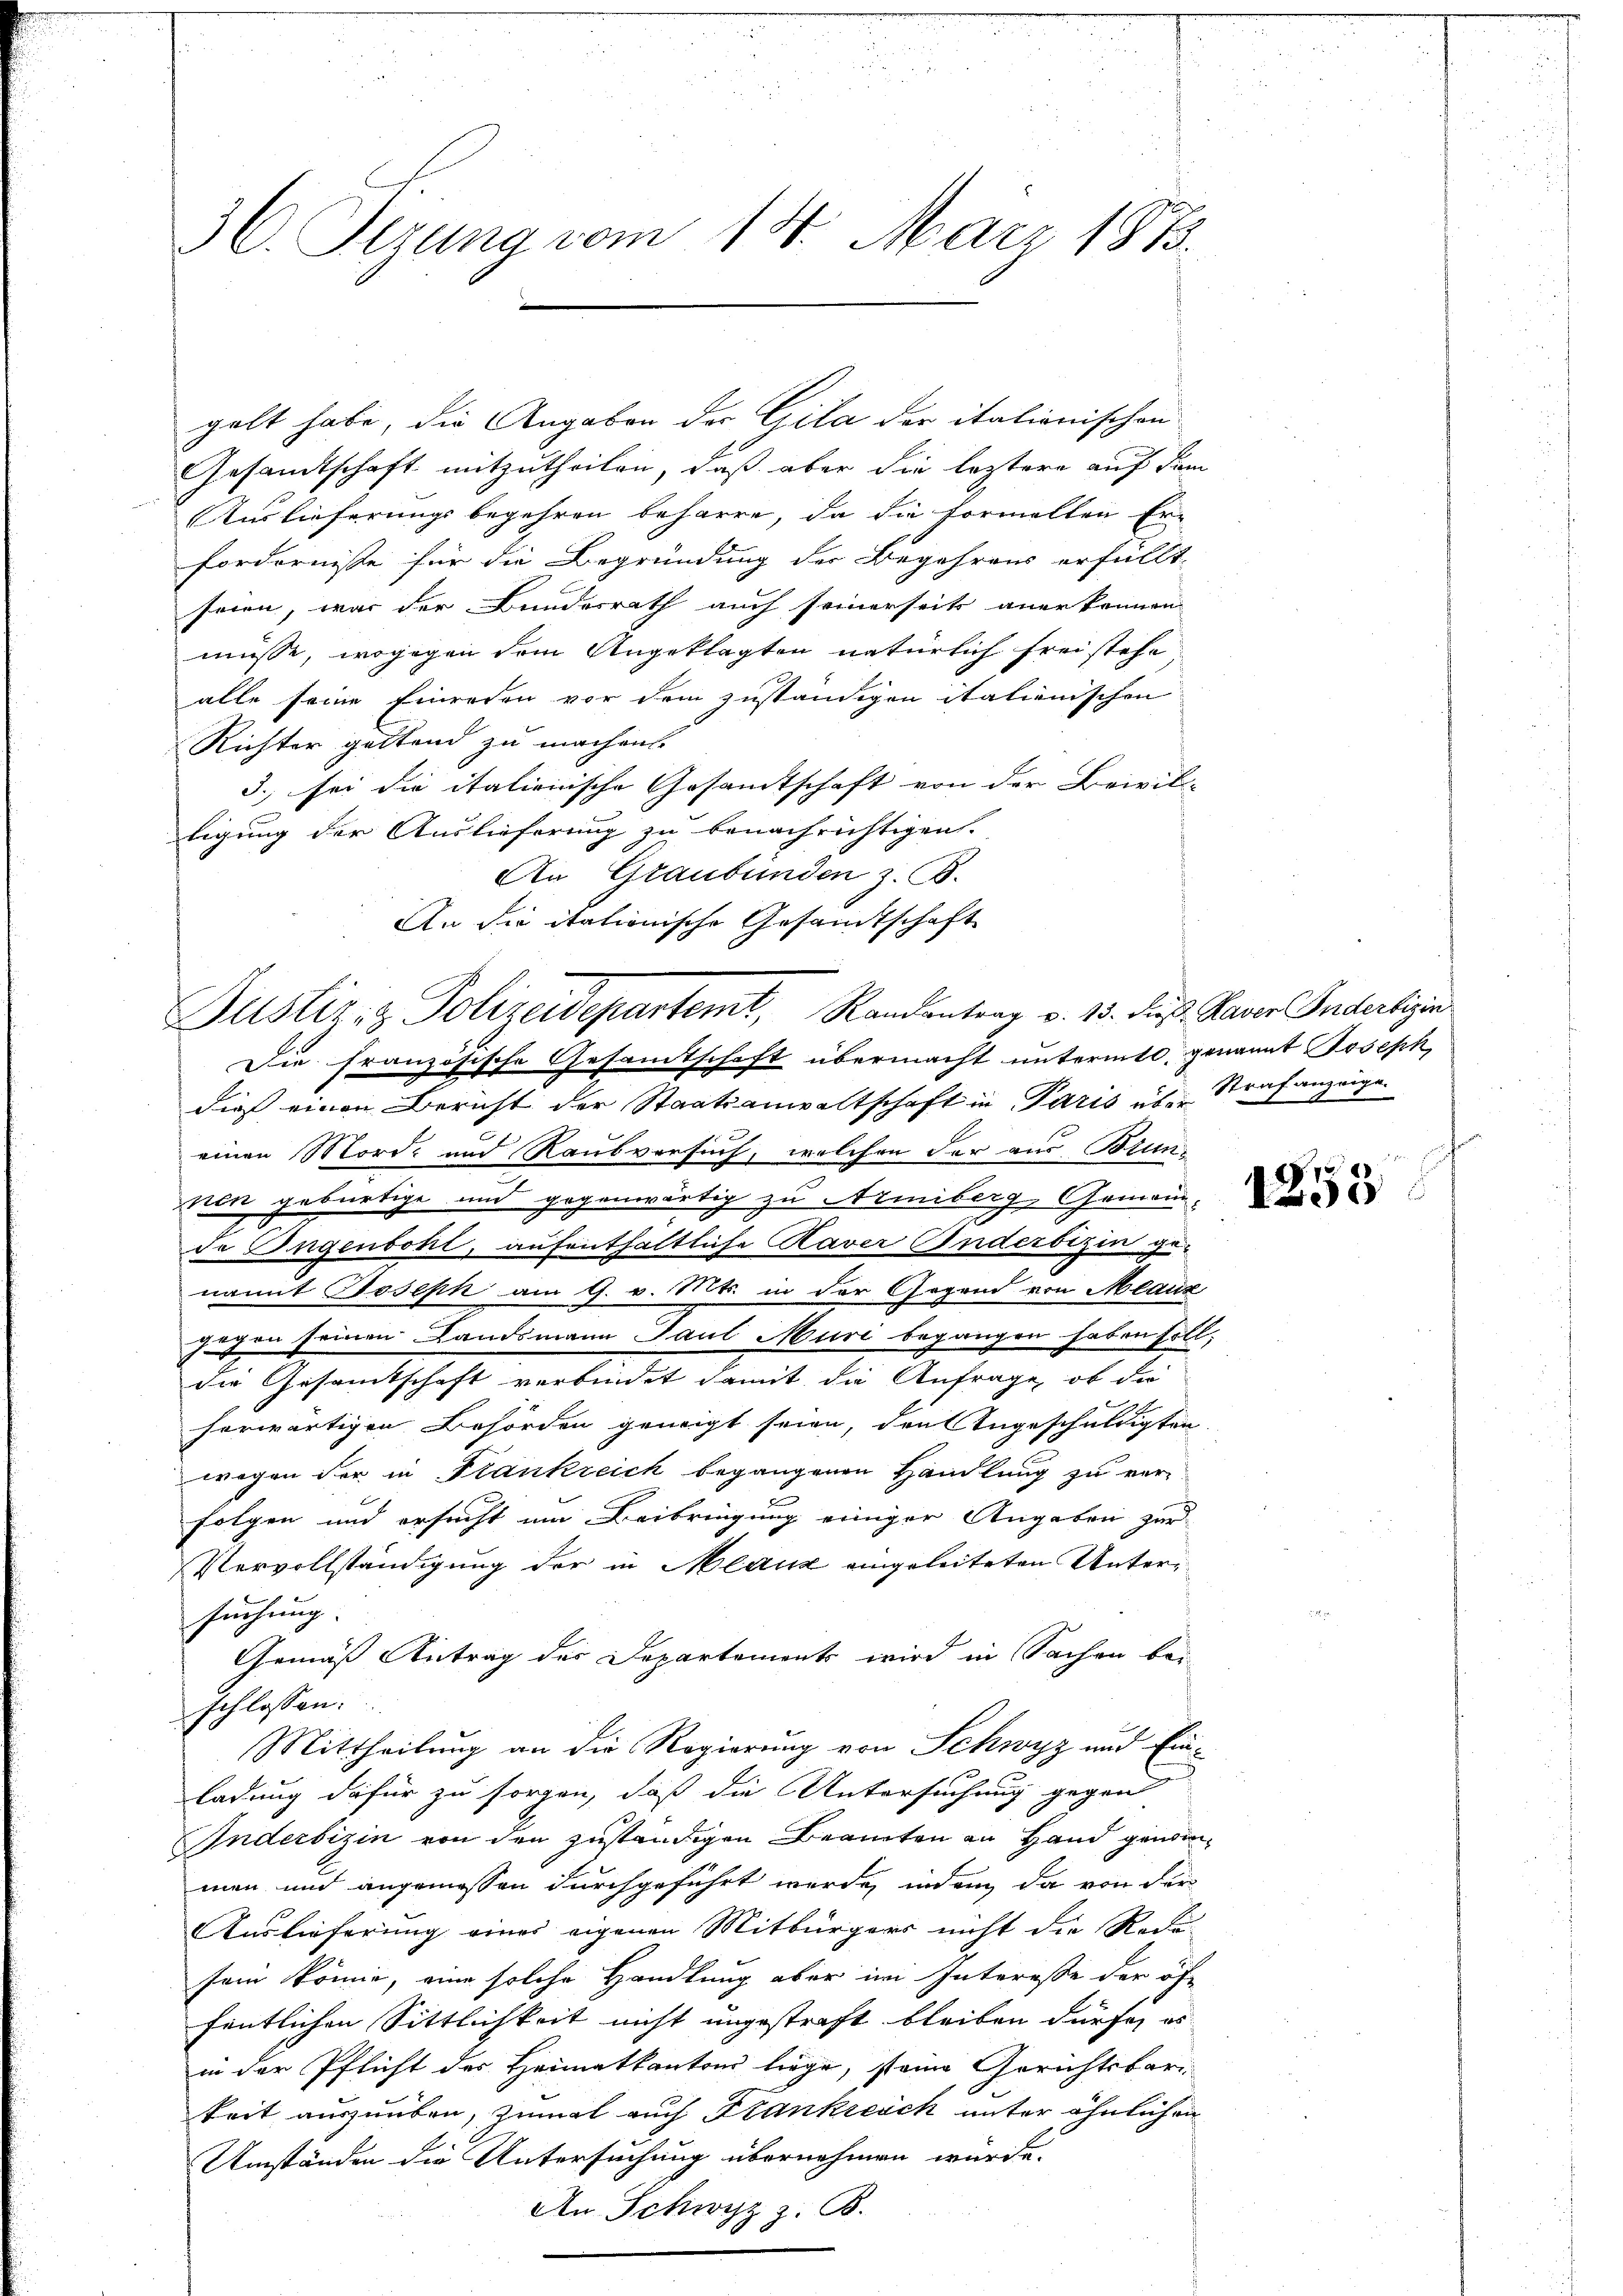
36. Sezung vom 14. März 1873.

gelt habe, die Angaben der Gila der italienischen
Gesandtschaft mitzutheilen, daß aber die leztere auf dem
Auslieferungsbegehren beharre, da die Formellen Er-
fordernisse für die Begründung der Begehrens erfüllt,
seien, war der Bundesrath auch seinerseits anerkennen
müsse, wogegen dem Angeklagten natürlich freistehe
alle seine Einreden vor dem zuständigen itationischen
Richter geltend zu machen.
3., sei die itationische Gesandtschaft von der Brivil-
tigung der Auslieferung zu benachrichtigen.
An Graubünden z. B.
An die itationische Gesandtschaft
dieß einen Bericht der Staatsanwaltschaft in Paris über Strafanzeige
einen Mord- und Raubversuch, welchen der aus Brunnen gebürtige und gegenwärtig zu Nemiberg, Gemeindde Ingenbohl, aufenthaltliche Kaver Inderbizin ge-
nannt Joseph am 9. v. Mts. in der Gegend von Mlauz
gegen seinen Landsmann Gant Muri begangen haben soll,
Die Gesandtschaft verbindet damit die Anfrage, ob die
herwärtigen Behörden geneigt seien, den Angeschuldigten
wegen der in Plankreich begangenen Handlung zu ver-
folgen und ersucht um Beibringung einiger Angeben zur
Vervollständigung der in Mlanz eingeleiteten Untersuchung.
Gemäß Antrag der Departements wird in Sachen be-
schlossen:
Mittheilung an die Regierung von Schwyz und Einladung dafür zu sorgen, daß die Untersuchung gegen
Inderbizin von den zuständigen Beamten an Hand genden
men und angemessen durchgeführt werde, indem da von der
Auslieferung eines eigenen Mitbürgers nicht die Rede-
sein könne, eine solche Handlung aber im Interesse der öffentlichen Sittlichkeit nicht ungestraft bleiben dürfe, es
in der Pflicht der Heimatkantons liege, steine Gerichtsbar-
keit auszuüben, zumal auch Frankreich unter ähnlichen
Umständen die Untersuchung übernehmen würde.
An Schwyz z. B.

Justiz- & Polizeidepartemt, Randentrag v. 15. die Taver Indertigen
Die französische Gesandtschaft übermacht untermte genannt Joseph,